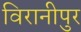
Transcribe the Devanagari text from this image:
विरानीपुर